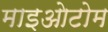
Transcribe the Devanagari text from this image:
माइओटोम